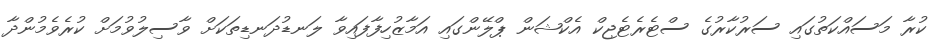
ކުރާ މަސައްކަތުގައި ސަރުކާރުގެ ސްޓެރެޓެޖިކް އެކްޝަން ޕްލޭންގައި އަމާޒުހިފާފައިވާ ލަނޑުދަނޑިތަކަށް ވާސިލުވުމަށް ކުރެވެމުންދާ